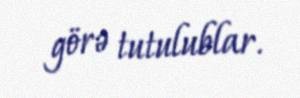
görə tutulublar.